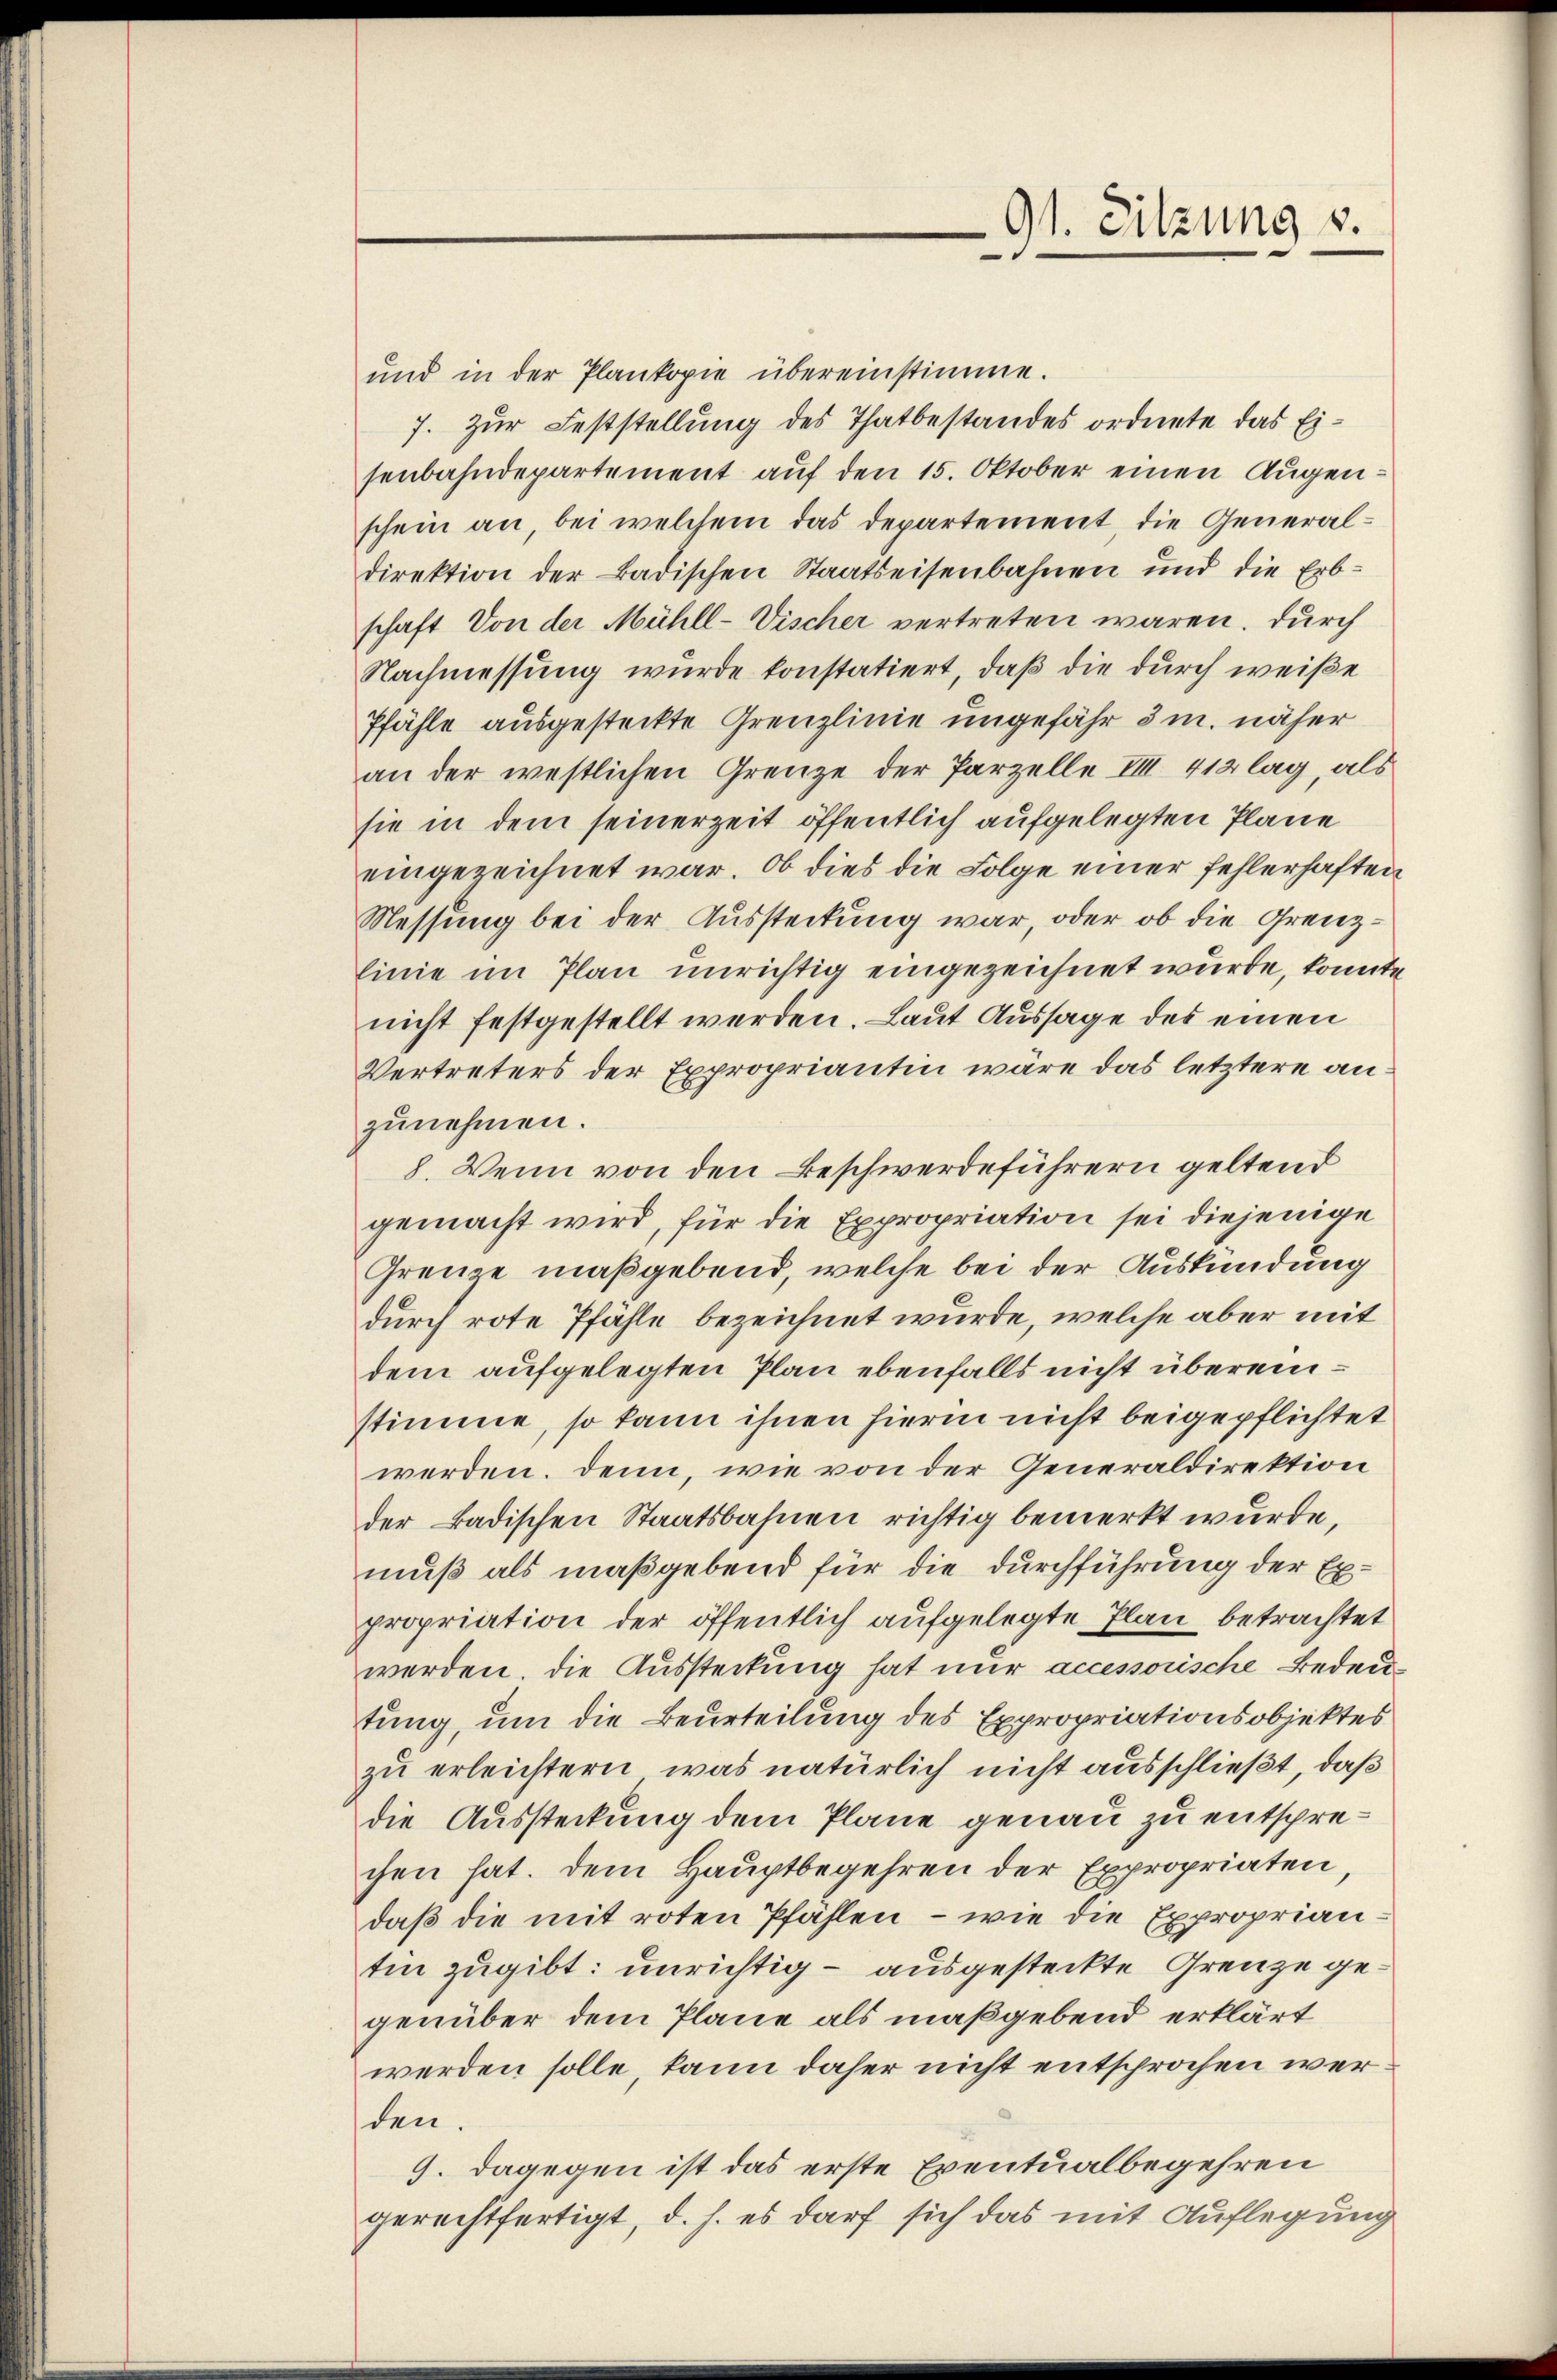
Ot. Sitzung s.
.

und in der Plankopie übereinstimme.
7. Zur Feststellung des Thatbestandes ordnete das Eisenbahndepartement auf den 15. Oktober einen Augen.
schein an, bei welchem das departement, die Generaldirektion der Badischen Staatseisenbahnen und die Erbschaft Von der Mühll-Vischer vertreten waren. Durch
Nachmessung wurde konstatiert, daß die durch weiße
Pfähle ausgesteckte Grenzlinie ungefähr 3 m. näher
an der westlichen Grenze der Parzelle III 412 lag, als
sie in dem seinerzeit öffentlich aufgelegten Plane
eingezeichnet war. Ob dies die Folge einer fehlerhaften
Nessung bei der Aussteckung war, oder ob die Grenzlinie im Plan unrichtig eingezeichnet wurde, konnte
nicht festgestellt werden. Laut Aussage des einen
Vertreters der Expropriantin wäre das letztere an
zunehmen.
8. Wenn von den Beschwerdeführern geltend
gemacht wird, für die Expropriation sei diejenige
Grenze maßgebend, welche bei der Auskündung
durch rote Pfähle bezeichnet wurde, welche aber mit
dem aufgelegten Plan ebenfalls nicht übereinstimme, so kann ihnen hierin nicht beigepflichtet
werden. Denn, wie von der Generaldirektion
der Badischen Staatsbahnen richtig bemerkt wurde,
muß als maßgebend für die durchführung der Expropriation der öffentlich aufgelegte Plan betrachtet
werden. Die Aussteckung hat nur accessorische Bedeutung, um die Beurteilung des Expropriationsobjektes
zu erleichtern, was natürlich nicht ausschließt, daß
die Aussteckung dem Plane genau zu entsprechen hat. Dem Hauptbegehren der Expropriaten,
daß die mit roten Pfählen – wie die Exproprianten zugibt: unrichtig – ausgesteckte Grenze gegenüber dem Plane als maßgebend erklärt
werden solle, kann daher nicht entsprochen werden.
9. dagegen ist das erste Eventualbegehren
gerechtfertigt, d. h. es darf sich das mit Auflegung